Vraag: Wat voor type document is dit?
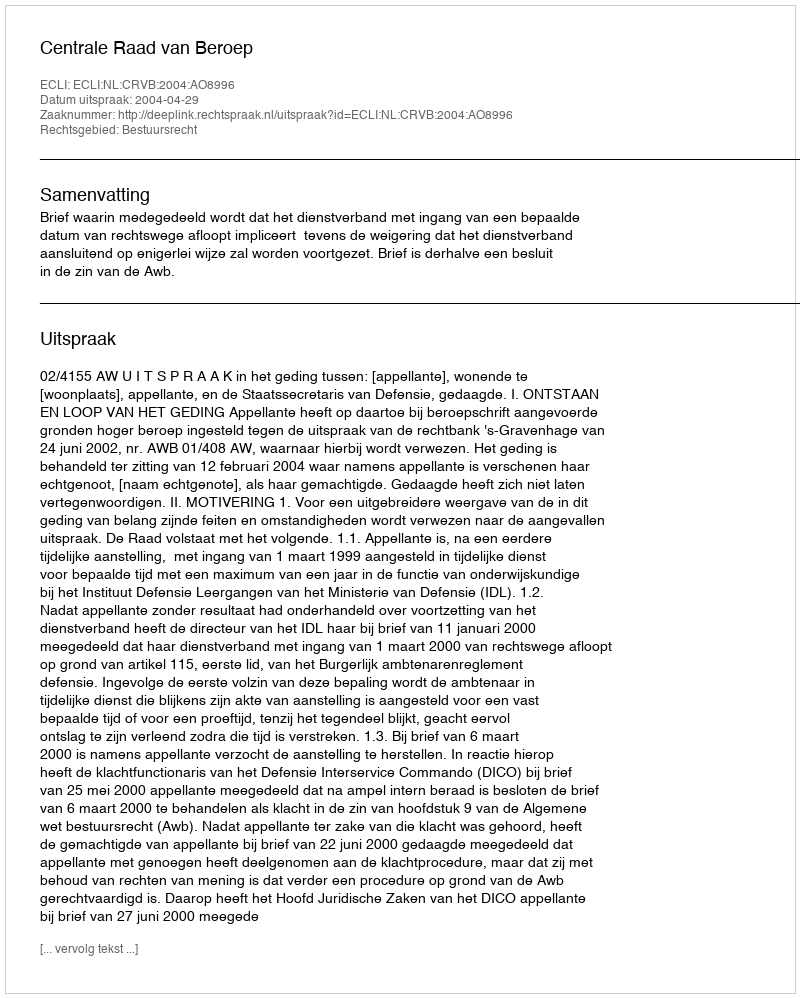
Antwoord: Uitspraak